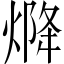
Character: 𤌅